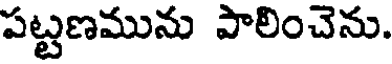
పట్టణమును పాలించెను.